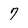
Character: 7